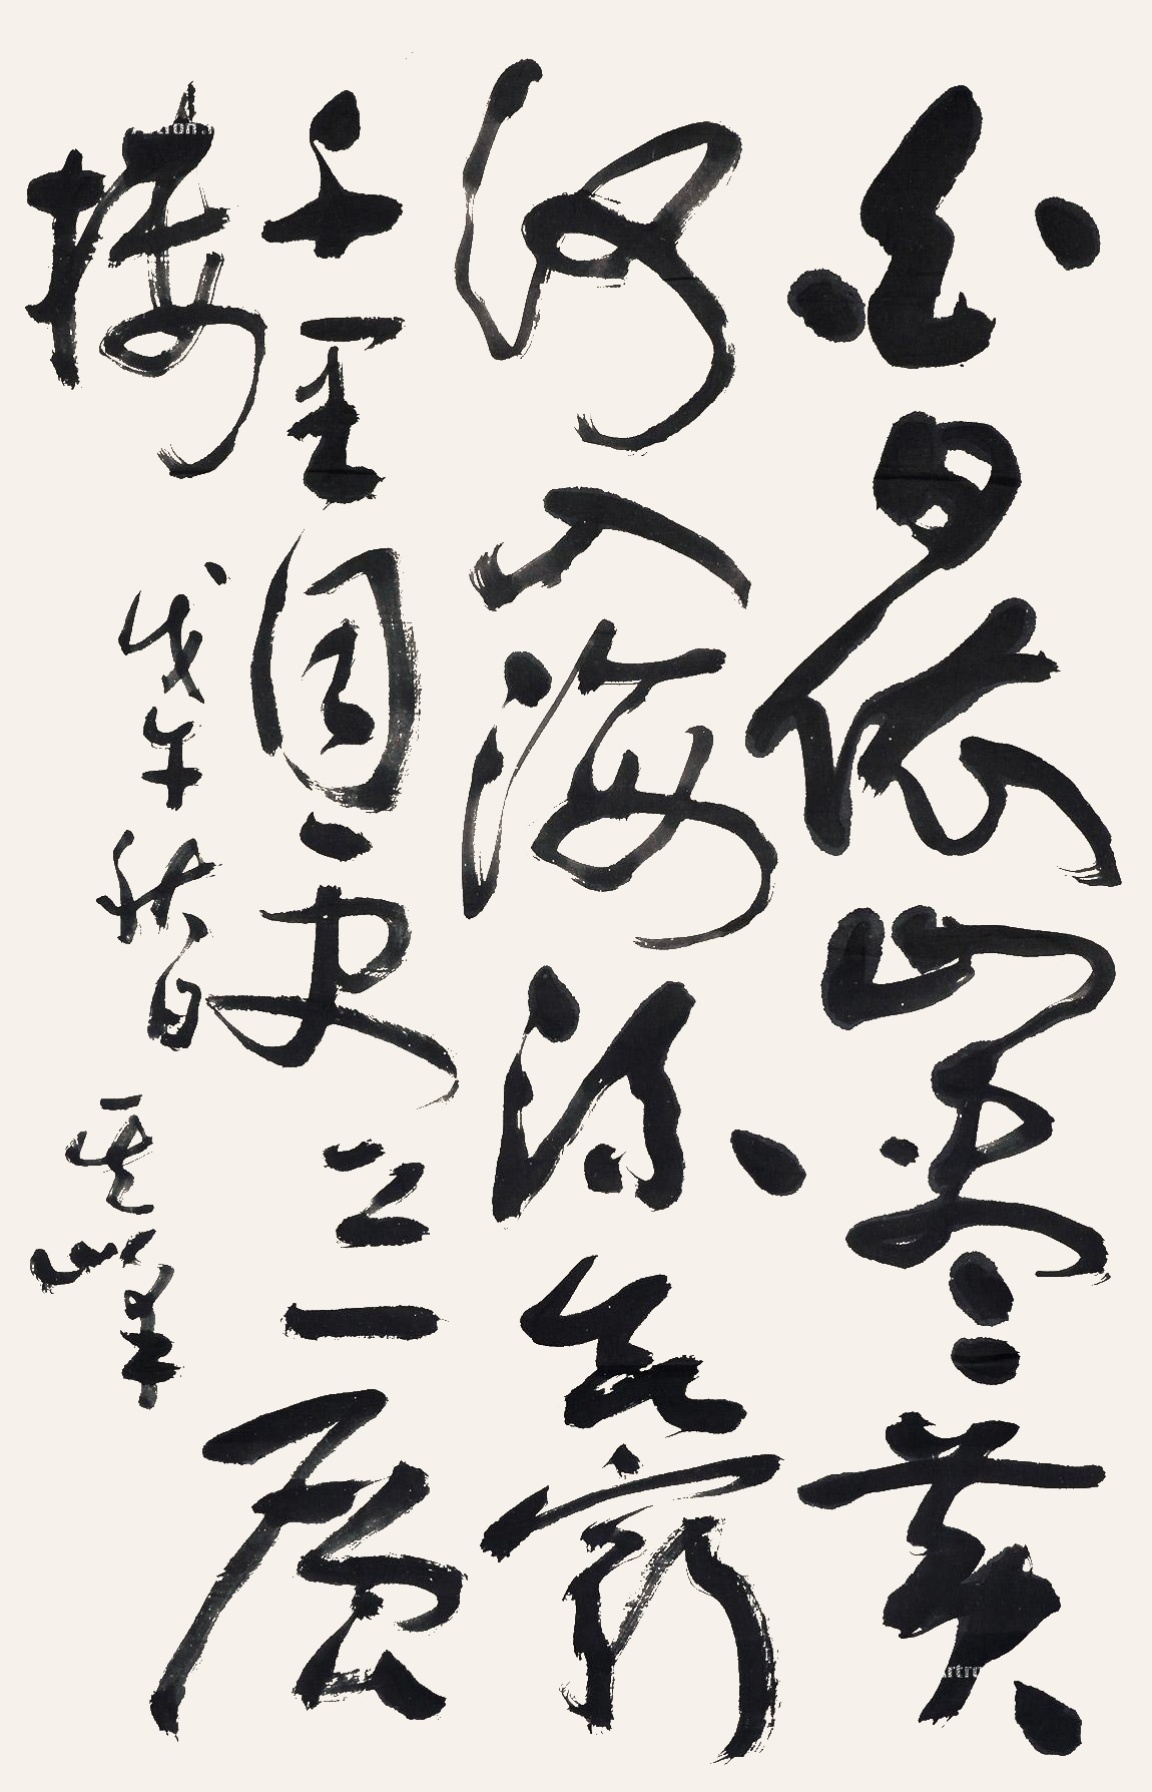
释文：白日依山尽，黄河入海流。欲穷千里目，更上一层楼。戊午秋日，其峰。